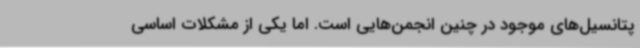
پتانسیل‌های موجود در چنین انجمن‌هایی است. اما یکی از مشکلات اساسی